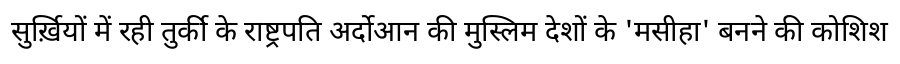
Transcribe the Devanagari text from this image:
सुर्ख़ियों में रही तुर्की के राष्ट्रपति अर्दोआन की मुस्लिम देशों के 'मसीहा' बनने की कोशिश